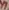
Text: y1